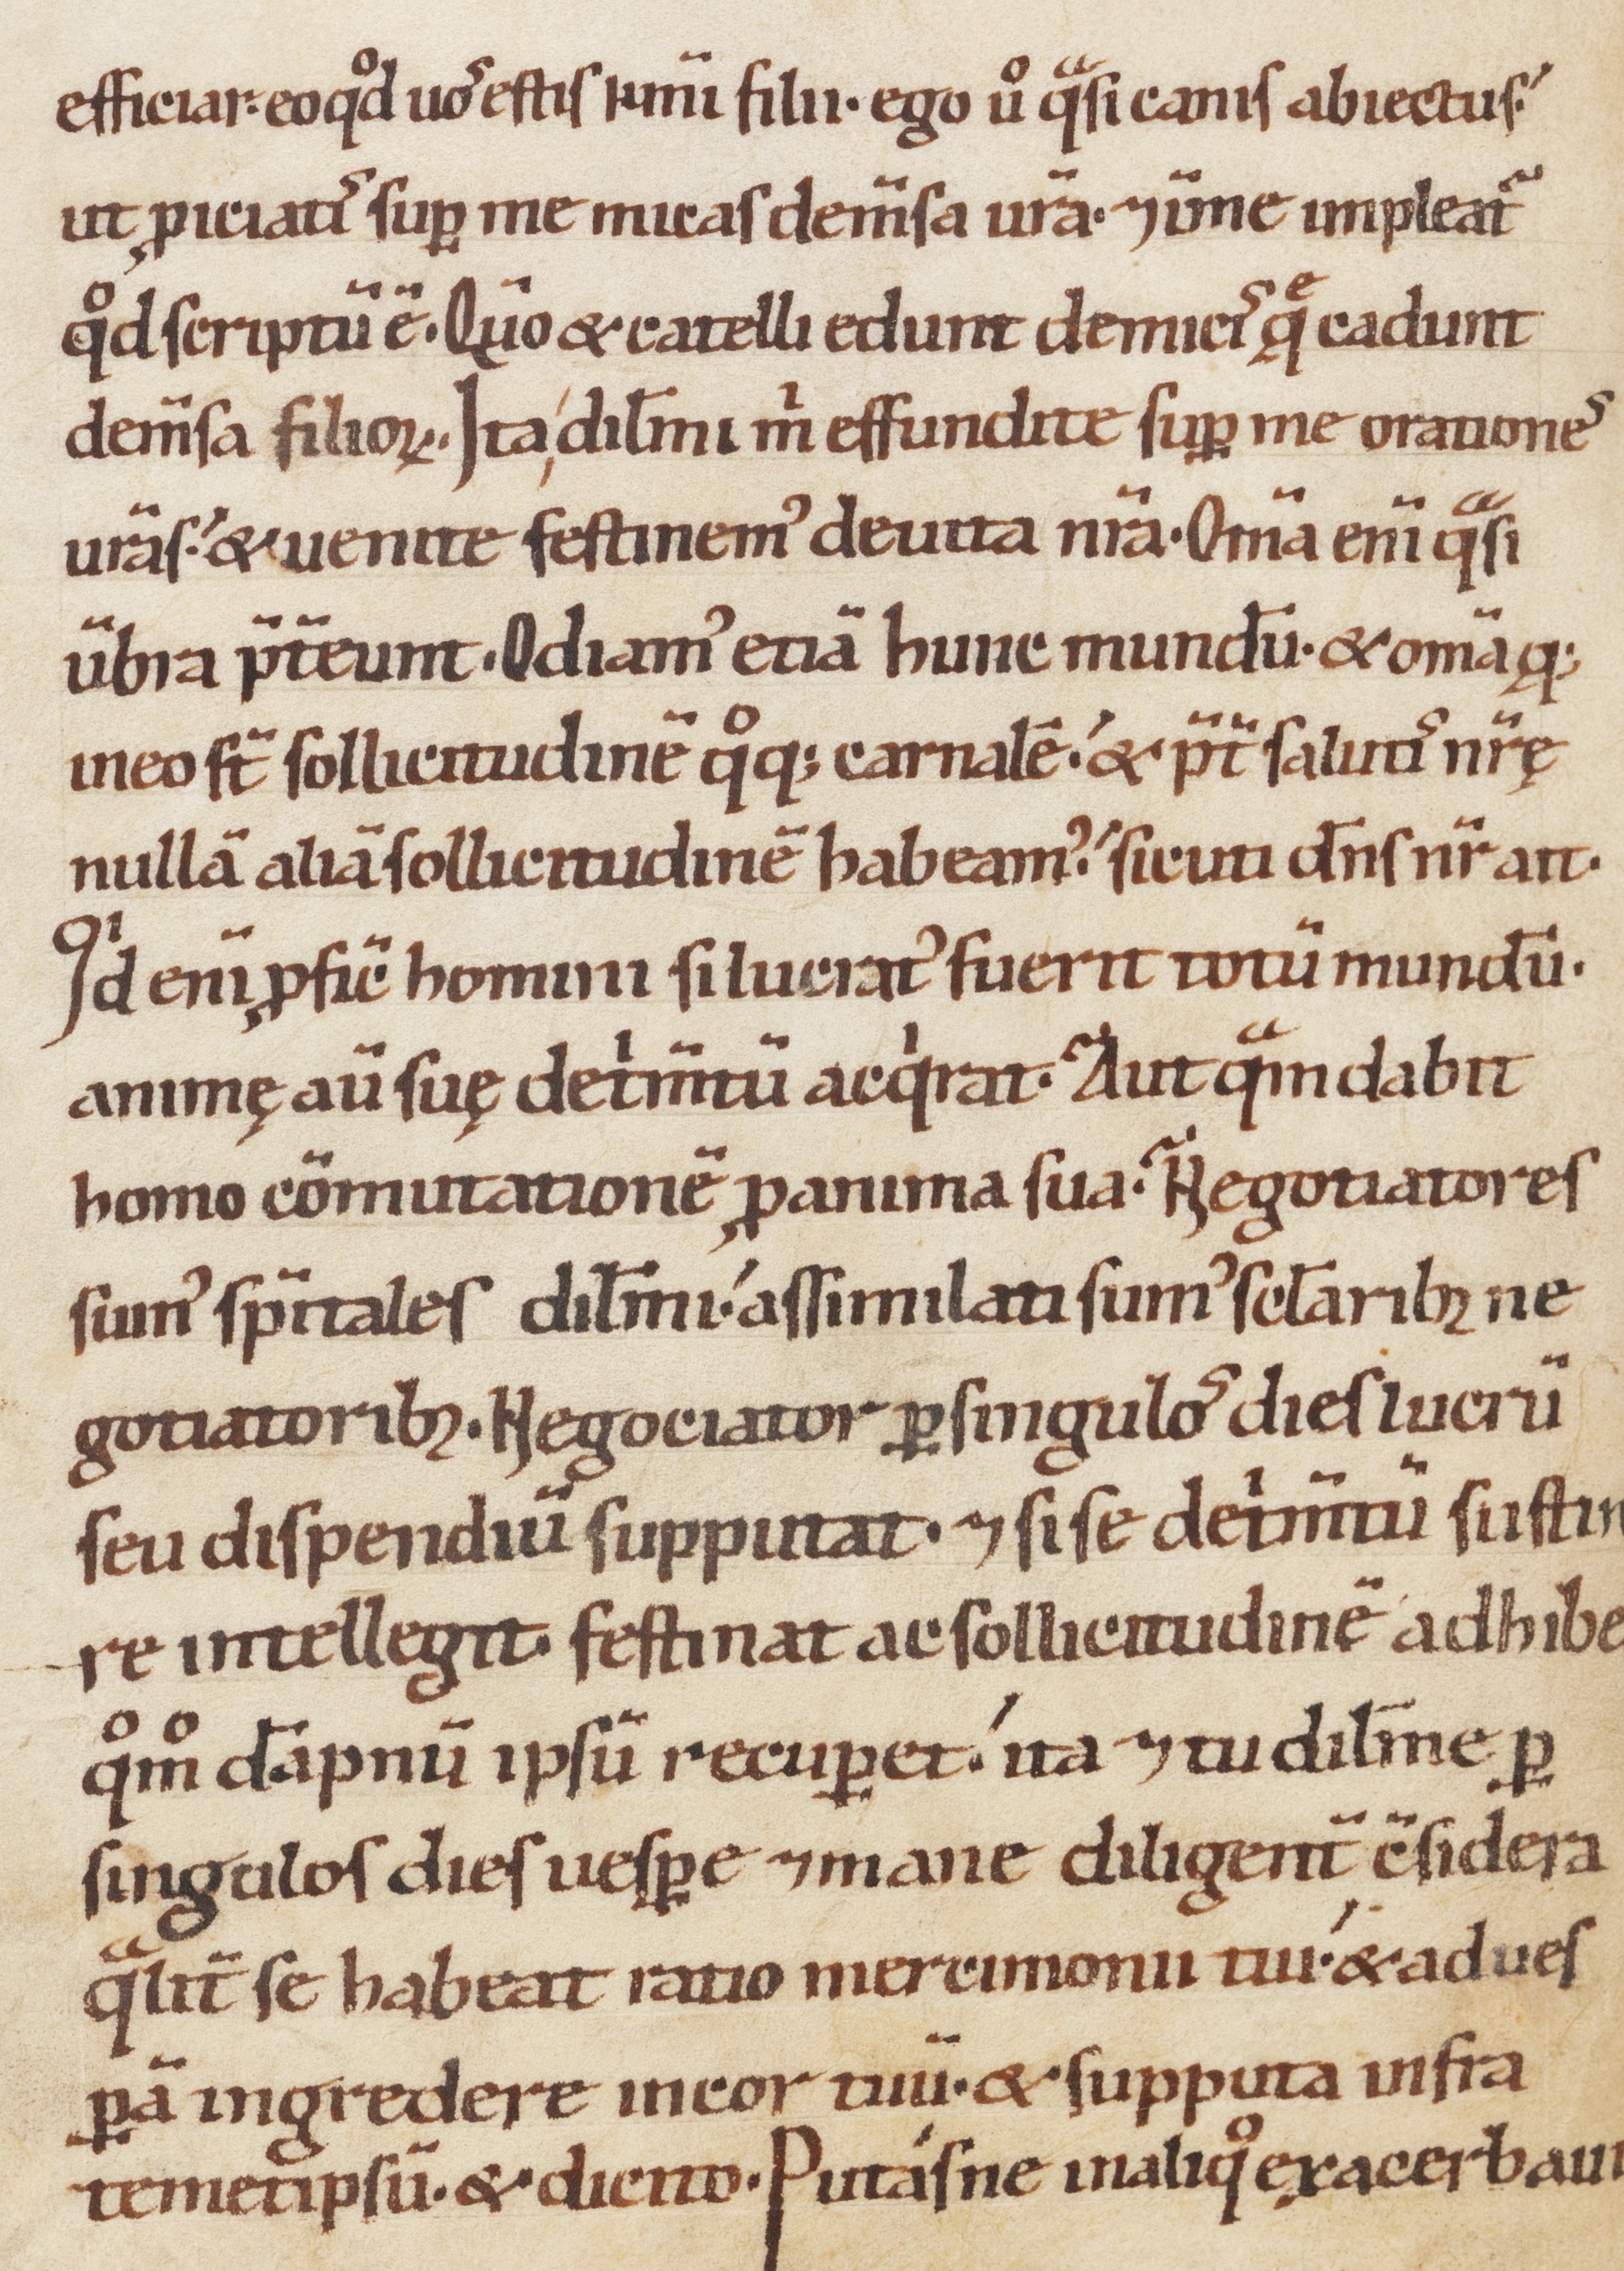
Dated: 1100–1199